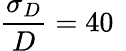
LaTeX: \frac{\sigma_{D}}{D}=40\, \